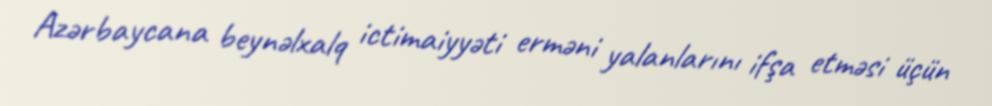
Azərbaycana beynəlxalq ictimaiyyəti erməni yalanlarını ifşa etməsi üçün